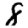
Digit: 8